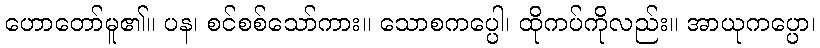
ဟောတော်မူ၏။ ပန၊ စင်စစ်သော်ကား။ သောစကပ္ပေါ၊ ထိုကပ်ကိုလည်း။ အာယုကပ္ပော၊